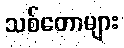
သစ်တောများ